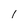
Character: l